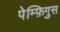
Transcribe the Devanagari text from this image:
पेम्फ़िगुस